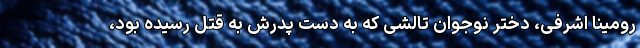
رومینا اشرفی، دختر نوجوان تالشی که به‌ دست پدرش به قتل رسیده بود،